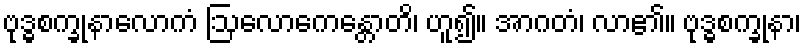
ဗုဒ္ဓစက္ခုနာလောကံ ဩလောကေန္တောတိ၊ ဟူ၍။ အာဂတံ၊ လာ၏။ ဗုဒ္ဓစက္ခုနာ၊